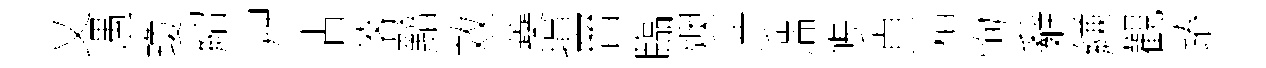
乂遇瓊紹艸沾落黯效蘃損晉臨燠渉湍帳貞桓恂辭縑觀蹖